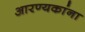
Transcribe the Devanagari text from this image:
आरण्यकांना